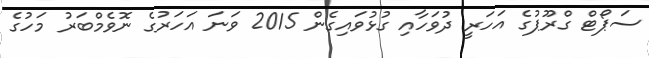
ސަޕޯޓް ގްރޫޕުގެ އަހަރީ ދުވަހާއި ގުޅުވައިގެން 2015 ވަނަ އަހަރުގެ ނޮވެމްބަރު މަހުގެ